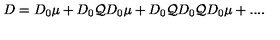
D = D _ { 0 } \mu + D _ { 0 } { \mathcal Q } D _ { 0 } \mu + D _ { 0 } { \mathcal Q } D _ { 0 } { \mathcal Q } D _ { 0 } \mu + . . . .